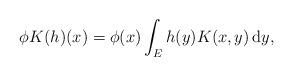
LaTeX: \begin{align*} \phi K(h)(x) = \phi(x)\int_Eh(y)K(x,y)\, {\rm d} y,\end{align*}